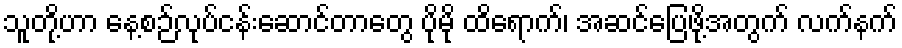
သူတို့ဟာ နေ့စဉ်လုပ်ငန်းဆောင်တာတွေ ပိုမို ထိရောက်၊ အဆင်ပြေဖို့အတွက် လက်နက်